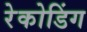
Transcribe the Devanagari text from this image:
रेकोडिंग